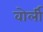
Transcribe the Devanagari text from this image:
वोर्ली